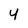
Character: 4